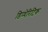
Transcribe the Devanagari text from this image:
डिप्थेरिटिक